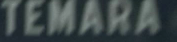
TEMARA